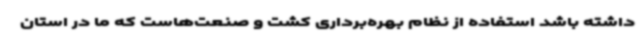
داشته باشد استفاده از نظام بهره‌برداری کشت و صنعت‌هاست که ما در استان